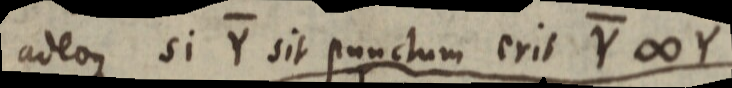
adeoque si Y sit punctum erit Y ∞ Y